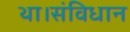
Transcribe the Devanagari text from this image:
था।संविधान